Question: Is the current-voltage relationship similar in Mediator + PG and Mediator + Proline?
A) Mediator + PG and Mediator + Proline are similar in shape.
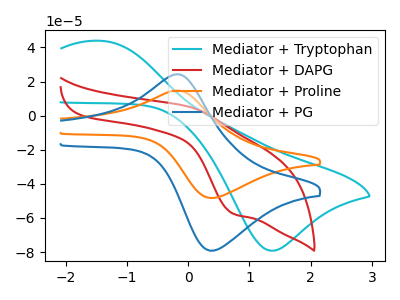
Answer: <think>The cyan curve "Mediator + Tryptophan" has an anodic peak at (-1.40V, 43.80uA) and a cathodic peak at (1.35V, -79.25uA). The red curve "Mediator + DAPG" has an anodic peak at (0.05V, 5.00uA) and a cathodic peak at (0.75V, -57.40uA). The orange curve "Mediator + Proline" has an anodic peak at (-0.20V, 14.75uA) and a cathodic peak at (0.40V, -48.25uA). The blue curve "Mediator + PG" has an anodic peak at (-0.20V, 24.20uA) and a cathodic peak at (0.40V, -79.15uA).
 All the peaks in "Mediator + PG" have a peak in "Mediator + Proline" at the same potential. Every peak in "Mediator + PG" is higher than every peak in "Mediator + Proline".</think>
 <answer>A) "Mediator + PG" and "Mediator + Proline" are similar in shape.</answer>
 <eval>A</eval>